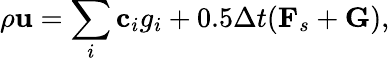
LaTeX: \rho\mathbf{u}=\sum_{i}\mathbf{c}_{i}g_{i}+0.5\Delta t(\mathbf{F}_{s}+\mathbf{G}),